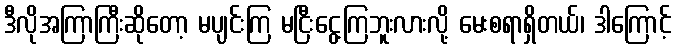
ဒီလိုအကြာကြီးဆိုတော့ မပျင်းကြ မငြီးငွေ့ကြဘူးလားလို့ မေးစရာရှိတယ်၊ ဒါကြောင့်